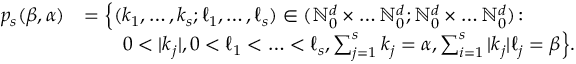
\begin{array} { r l } { p _ { s } ( { \boldsymbol { \beta } } , { \boldsymbol { \alpha } } ) } & { = \Big \{ ( { \boldsymbol { k } } _ { 1 } , \ldots , { \boldsymbol { k } } _ { s } ; { \boldsymbol { \ell } } _ { 1 } , \ldots , { \boldsymbol { \ell } } _ { s } ) \in ( \ensuremath { \mathbb { N } } _ { 0 } ^ { d } \times \ldots \ensuremath { \mathbb { N } } _ { 0 } ^ { d } ; \ensuremath { \mathbb { N } } _ { 0 } ^ { d } \times \ldots \ensuremath { \mathbb { N } } _ { 0 } ^ { d } ) \colon } \\ & { \qquad 0 < | { \boldsymbol { k } } _ { j } | , 0 < { \boldsymbol { \ell } } _ { 1 } < \ldots < { \boldsymbol { \ell } } _ { s } , \sum _ { j = 1 } ^ { s } { \boldsymbol { k } } _ { j } = { \boldsymbol { \alpha } } , \sum _ { i = 1 } ^ { s } | { \boldsymbol { k } } _ { j } | { \boldsymbol { \ell } } _ { j } = { \boldsymbol { \beta } } \Big \} . } \end{array}